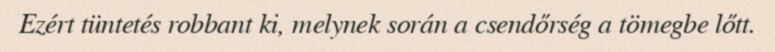
Ezért tüntetés robbant ki, melynek során a csendőrség a tömegbe lőtt.